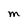
Character: M